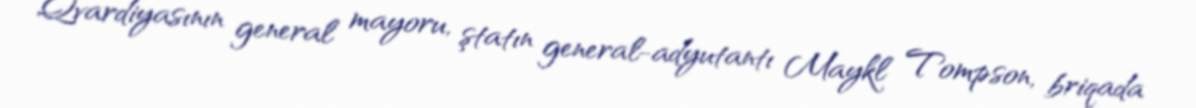
Qvardiyasının general mayoru, ştatın general-adyutantı Maykl Tompson, briqada